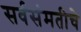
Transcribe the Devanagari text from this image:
सर्वसंमतीचे